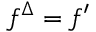
f ^ { \Delta } = f ^ { \prime }